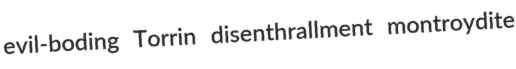
evil-boding Torrin disenthrallment montroydite